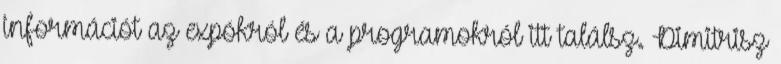
információt az expókról és a programokról itt találsz. Dimitrisz